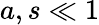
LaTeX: a,s\ll 1